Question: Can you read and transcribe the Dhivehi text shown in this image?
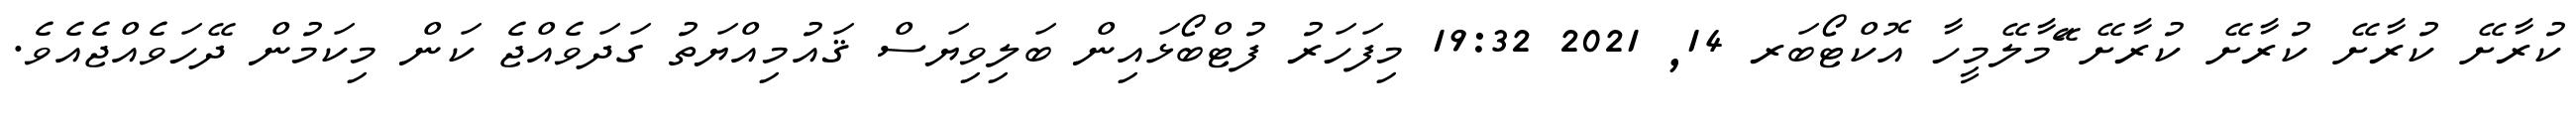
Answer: ކުރާށޭ ކުރާށޭ ކުރާށޭ ކުރާށޭ ޭަމާލޭމީހާ އޮކްޓޯބަރ 14, 2021 19:32 މިފަހަރު ފުޓްބޯޅައިން ބަލިވިޔަސް ޤައުމިއްޔަތު ގަދަވެއްޖެ ކަން މިކަމުން ދޭހަވެއްޖެއެވެ.